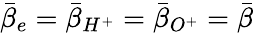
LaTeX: \bar{\beta}_{e}=\bar{\beta}_{H^{+}}=\bar{\beta}_{O^{+}}=\bar{\beta}